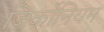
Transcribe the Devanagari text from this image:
जिर्कोनियम